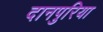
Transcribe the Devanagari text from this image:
दानपुरिया